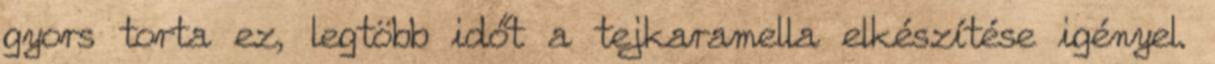
gyors torta ez, legtöbb időt a tejkaramella elkészítése igényel.